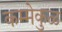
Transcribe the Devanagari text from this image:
कम्मेकुळ